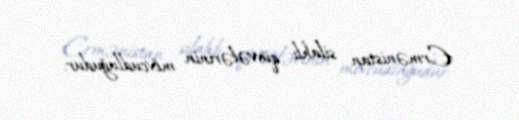
Ermənistan silahlı qüvvələrinin mövcudluğudur.